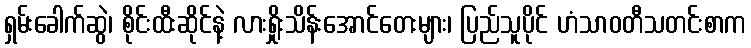
ရှမ်းခေါက်ဆွဲ၊ စိုင်းထီးဆိုင်နဲ့ လားရှိုးသိန်းအောင်တေးများ၊ ပြည်သူပိုင် ဟံသာဝတီသတင်းစာက